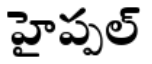
హైప్పల్